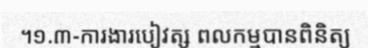
។១.៣-ការងារបៀវត្ស ពលកម្មបានពិនិត្យ